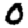
Digit: 0